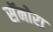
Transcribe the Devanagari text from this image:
सॅनोरा